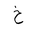
Letter: _kha